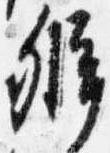
弁